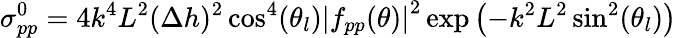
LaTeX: \sigma_{pp}^{0}=4k^{4}L^{2}(\Delta h)^{2}\cos^{4}(\theta_{l})\left|f_{pp}(\theta)\right|^{2}\exp\left(-k^{2}L^{2}\sin^{2}(\theta_{l})\right)